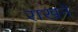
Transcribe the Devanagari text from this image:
राखने